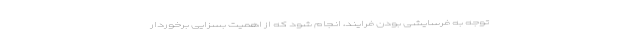
توجه به فرسایشی بودن فرایند، انجام شود که از اهمیت بسزایی برخوردار